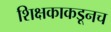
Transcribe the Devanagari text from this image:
शिक्षकाकडूनच